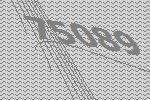
75089